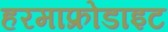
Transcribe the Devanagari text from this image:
हरमाफ्रोडाइट